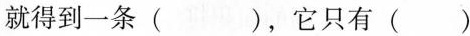
就得到一条()，它只有()